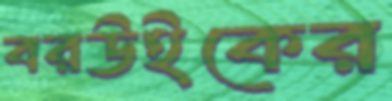
বরউইকের